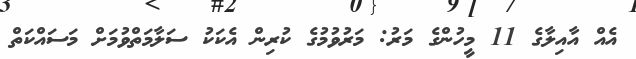
އެއް އާއިލާގެ 11 މީހުންގެ މަރު: މަރުވުމުގެ ކުރިން އެކަކު ސަލާމަތްވުމަށް މަސައްކަތް